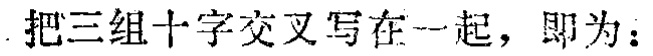
把三组十字交叉写在一起，即为：